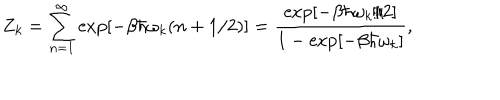
Z _ { k } = \sum _ { n = 1 } ^ { \infty } \exp \left[ - \beta \hbar \omega _ { k } ( n + 1 / 2 ) \right] = \frac { \exp \left[ - \beta \hbar \omega _ { k } / 2 \right] } { 1 - \exp \left[ - \beta \hbar \omega _ { k } \right] } ,